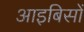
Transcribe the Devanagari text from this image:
आइबिसों